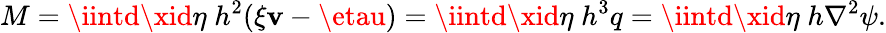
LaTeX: M=\iintd\xid\eta\; h^{2}(\xi\mathbf{v}-\etau)=\iintd\xid\eta\; h^{3}q=\iintd\xid\eta\; h\nabla^{2}\psi.